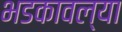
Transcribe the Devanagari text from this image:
भडकावल्या